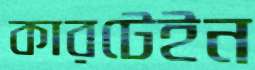
কারটেইন